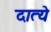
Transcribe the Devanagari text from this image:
दात्ये